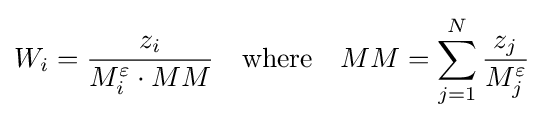
W_{i}={\frac {z_{i}}{M_{i}^{\varepsilon }\cdot MM}}\quad {\text{where}}\quad MM=\sum _{j=1}^{N}{\frac {z_{j}}{M_{j}^{\varepsilon }}}